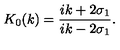
K _ { 0 } ( k ) = \frac { i k + 2 \sigma _ { 1 } } { i k - 2 \sigma _ { 1 } } .